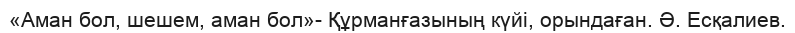
«Аман бол, шешем, аман бол»- Құрманғазының күйі, орындаған. Ә. Есқалиев.